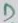
Text: D